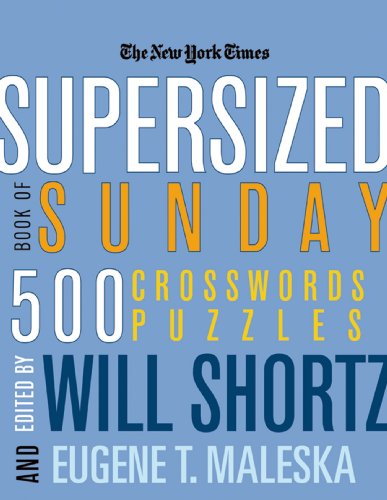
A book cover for The New York Times Supersized Book of Sunday Crosswords: 500 Puzzles (New York Times Crossword Puzzles); The New York Times; Humor & Entertainment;